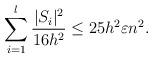
LaTeX: \begin{align*}\sum_{i=1}^l \frac{|S_i|^2}{16h^2}\leq 25h^2\varepsilon n^2.\end{align*}